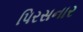
પિરસનાર